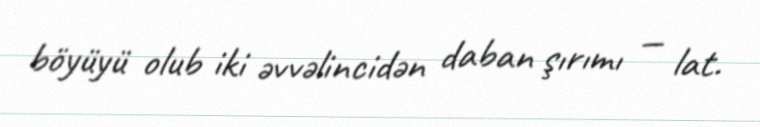
böyüyü olub iki əvvəlincidən daban şırımı — lat.